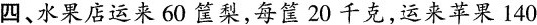
四、水果店运来60筐梨，每筐20千克，运来苹果140